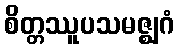
စိတ္တဿူပသမဇ္ဈဂံ